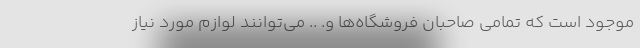
موجود است که تمامی صاحبان فروشگاه‌ها و. .. می‌توانند لوازم مورد نیاز